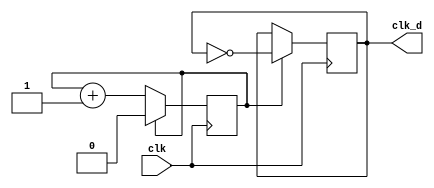
`timescale 1ns / 1ps
//////////////////////////////////////////////////////////////////////////////////
// Company: 
// Engineer: 
// 
// Design Name: 
// Module Name: clk_div
// Project Name: 
// Target Devices: 
// Tool Versions: 
// Description: 
// 
// Dependencies: 
// 
// Revision:
// Revision 0.01 - File Created
// Additional Comments:
// 
//////////////////////////////////////////////////////////////////////////////////


module clk_div (clk, clk_d);
parameter div_value = 1;
input clk;
output clk_d;
reg clk_d; reg count;
initial
begin
clk_d = 0; count = 0;
end
always @(posedge clk)
begin
if (count == div_value)
count <= 0; // reset count
else
count <= count + 1; // count up
end
always @(posedge clk)
begin
if (count == div_value)
clk_d <= ~ clk_d; //toggle
end endmodule